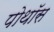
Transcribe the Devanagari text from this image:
पोथॉस